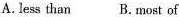
less than B. Most of